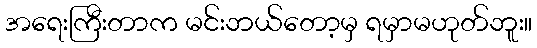
အရေးကြီးတာက မင်းဘယ်တော့မှ ရမှာမဟုတ်ဘူး။